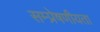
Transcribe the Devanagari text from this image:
सम्‍प्रेषणीयता